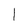
Character: l